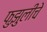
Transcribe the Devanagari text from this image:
फुझुलीचे